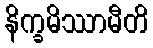
နိက္ခမိဿာမီတိ